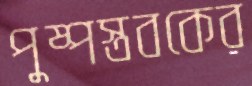
পুষ্পস্তবকের